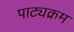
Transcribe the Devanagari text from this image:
पाट्यक्रम